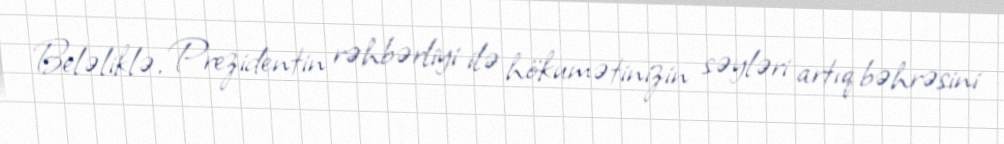
Beləliklə, Prezidentin rəhbərliyi ilə hökumətinizin səyləri artıq bəhrəsini